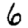
Digit: 6